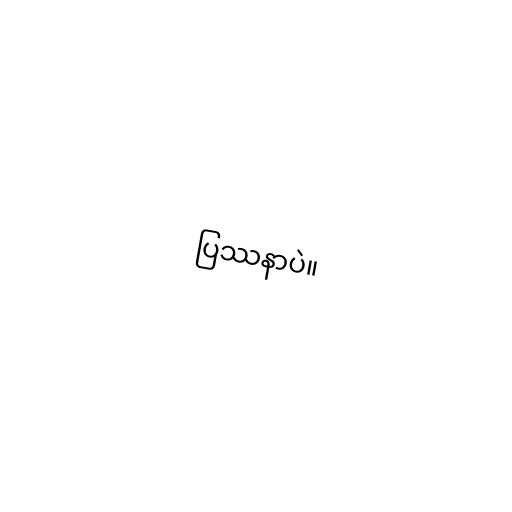
ပြဿနာပဲ။